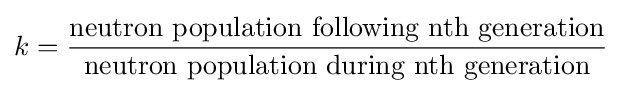
k={\frac {\mbox{neutron population following nth generation}}{\mbox{neutron population during nth generation}}}